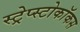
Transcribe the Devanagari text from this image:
स्ट्रेप्स्टोकॉकस